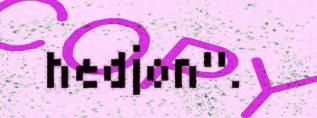
hedjon".